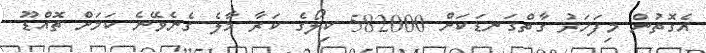
އެގޮތުން މިފަހަރު ގާތްގަނޑަކަށް 582000 ކިލޯގެ ކަރާ މާލެ ގެނެވޭނެ ކަމަށް ތޮއްޑޫ